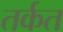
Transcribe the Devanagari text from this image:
तर्कत